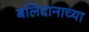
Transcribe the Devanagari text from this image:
बलिदानाच्या